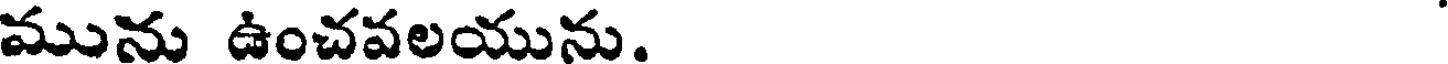
మును ఉంచవలయును.